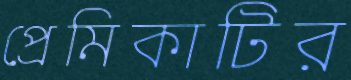
প্রেমিকাটির